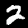
Label: 2